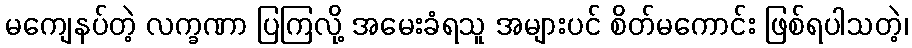
မကျေနပ်တဲ့ လက္ခဏာ ပြကြလို့ အမေးခံရသူ အများပင် စိတ်မကောင်း ဖြစ်ရပါသတဲ့၊